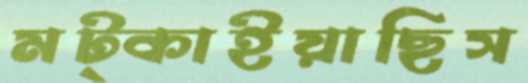
মট্‌কাইয়াছিস